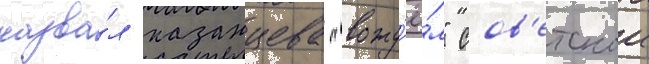
назва́л казанцева "вожд'ё́м" сов'етскои